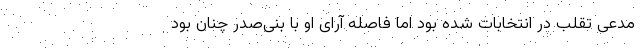
مدعی تقلب در انتخابات شده بود اما فاصله آرای او با بنی‌صدر چنان بود